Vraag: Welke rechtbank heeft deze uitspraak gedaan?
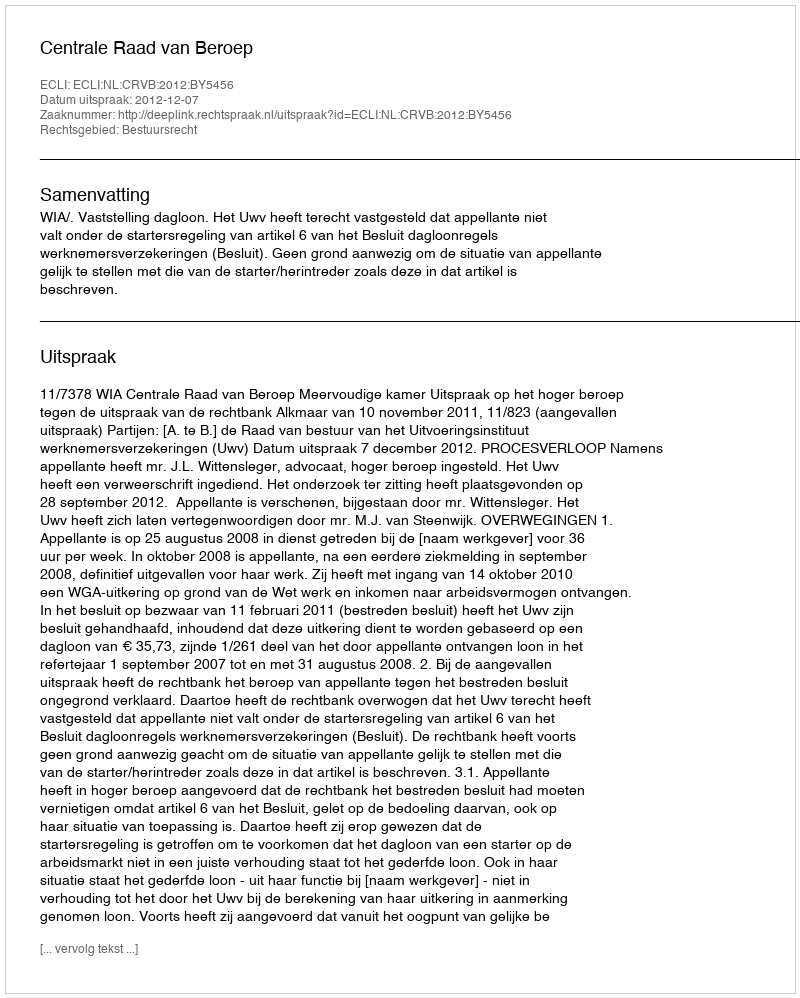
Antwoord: Centrale Raad van Beroep